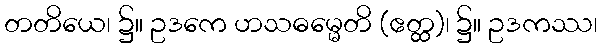
တတိယေ၊ ၌။ ဥဒကေ ဟသဓမ္မေတိ (ဧတ္ထ)၊ ၌။ ဥဒကဿ၊